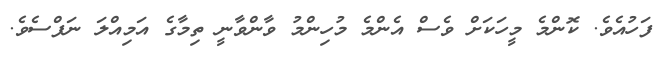
ފަހުއެވެ. ކޮންމެ މީހަކަށް ވެސް އެންމެ މުހިންމު ވާންވާނީ ތިމާގެ އަމިއްލަ ނަފްސެވެ.